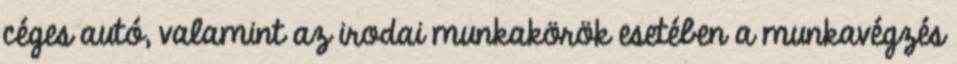
céges autó, valamint az irodai munkakörök esetében a munkavégzés